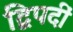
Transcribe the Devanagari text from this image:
द्विपदीं